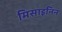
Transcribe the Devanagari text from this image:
मिसाइनिन